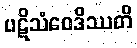
ပဋိသံဝေဒိဿတိ